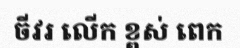
ចីវរ លើក ខ្ពស់ ពេក